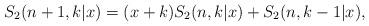
LaTeX: \begin{align*}S_2(n+1,k|x) = (x+k) S_2(n,k|x) + S_2(n,k-1|x),\end{align*}